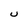
Character: w